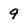
Character: 9